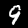
Label: 9